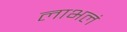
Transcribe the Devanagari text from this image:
लाभलं